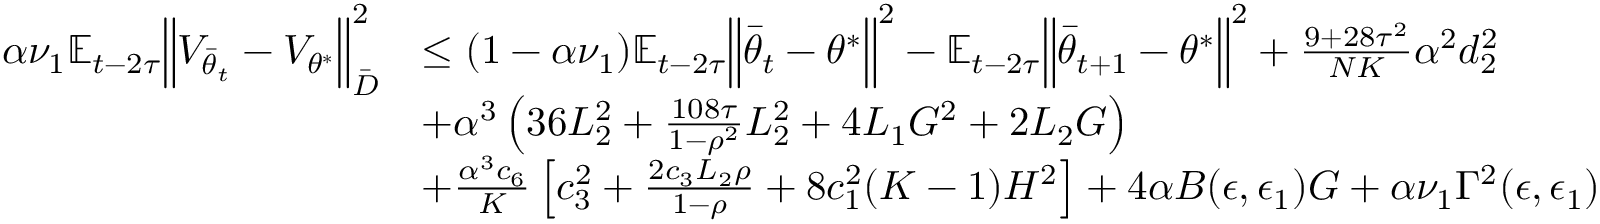
\begin{array} { r l } { \alpha \nu _ { 1 } \mathbb { E } _ { t - 2 \tau } \Big \lVert V _ { \bar { \theta } _ { t } } - V _ { \theta ^ { * } } \Big \rVert _ { \bar { D } } ^ { 2 } } & { \le ( 1 - \alpha \nu _ { 1 } ) \mathbb { E } _ { t - 2 \tau } \Big \lVert \bar { \theta } _ { t } - \theta ^ { * } \Big \rVert ^ { 2 } - \mathbb { E } _ { t - 2 \tau } \Big \lVert \bar { \theta } _ { t + 1 } - \theta ^ { * } \Big \rVert ^ { 2 } + \frac { 9 + 2 8 \tau ^ { 2 } } { N K } \alpha ^ { 2 } d _ { 2 } ^ { 2 } } \\ & { + \alpha ^ { 3 } \left( 3 6 L _ { 2 } ^ { 2 } + \frac { 1 0 8 \tau } { 1 - \rho ^ { 2 } } L _ { 2 } ^ { 2 } + 4 L _ { 1 } G ^ { 2 } + 2 L _ { 2 } G \right) } \\ & { + \frac { \alpha ^ { 3 } c _ { 6 } } { K } \left[ c _ { 3 } ^ { 2 } + \frac { 2 c _ { 3 } L _ { 2 } \rho } { 1 - \rho } + 8 c _ { 1 } ^ { 2 } ( K - 1 ) H ^ { 2 } \right] + 4 \alpha B ( \epsilon , \epsilon _ { 1 } ) G + \alpha \nu _ { 1 } \Gamma ^ { 2 } ( \epsilon , \epsilon _ { 1 } ) } \end{array}